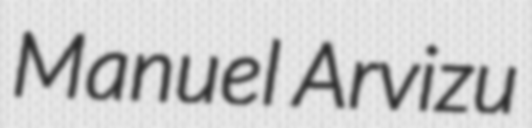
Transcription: Manuel Arvizu